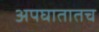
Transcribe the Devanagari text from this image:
अपघातातच